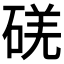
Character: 𥓌